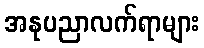
အနုပညာလက်ရာများ